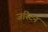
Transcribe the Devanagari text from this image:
जस्‍टिन